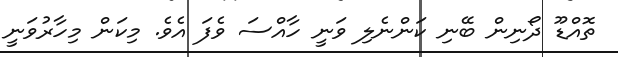
ތޮއްޑޫ ދޯނިން ބޭނި ކަންނެލި ވަނީ ހާއްސަ ވެފަ އެވެ. މިކަން މިހާރުވަނީ